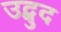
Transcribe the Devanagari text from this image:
उद्बुद